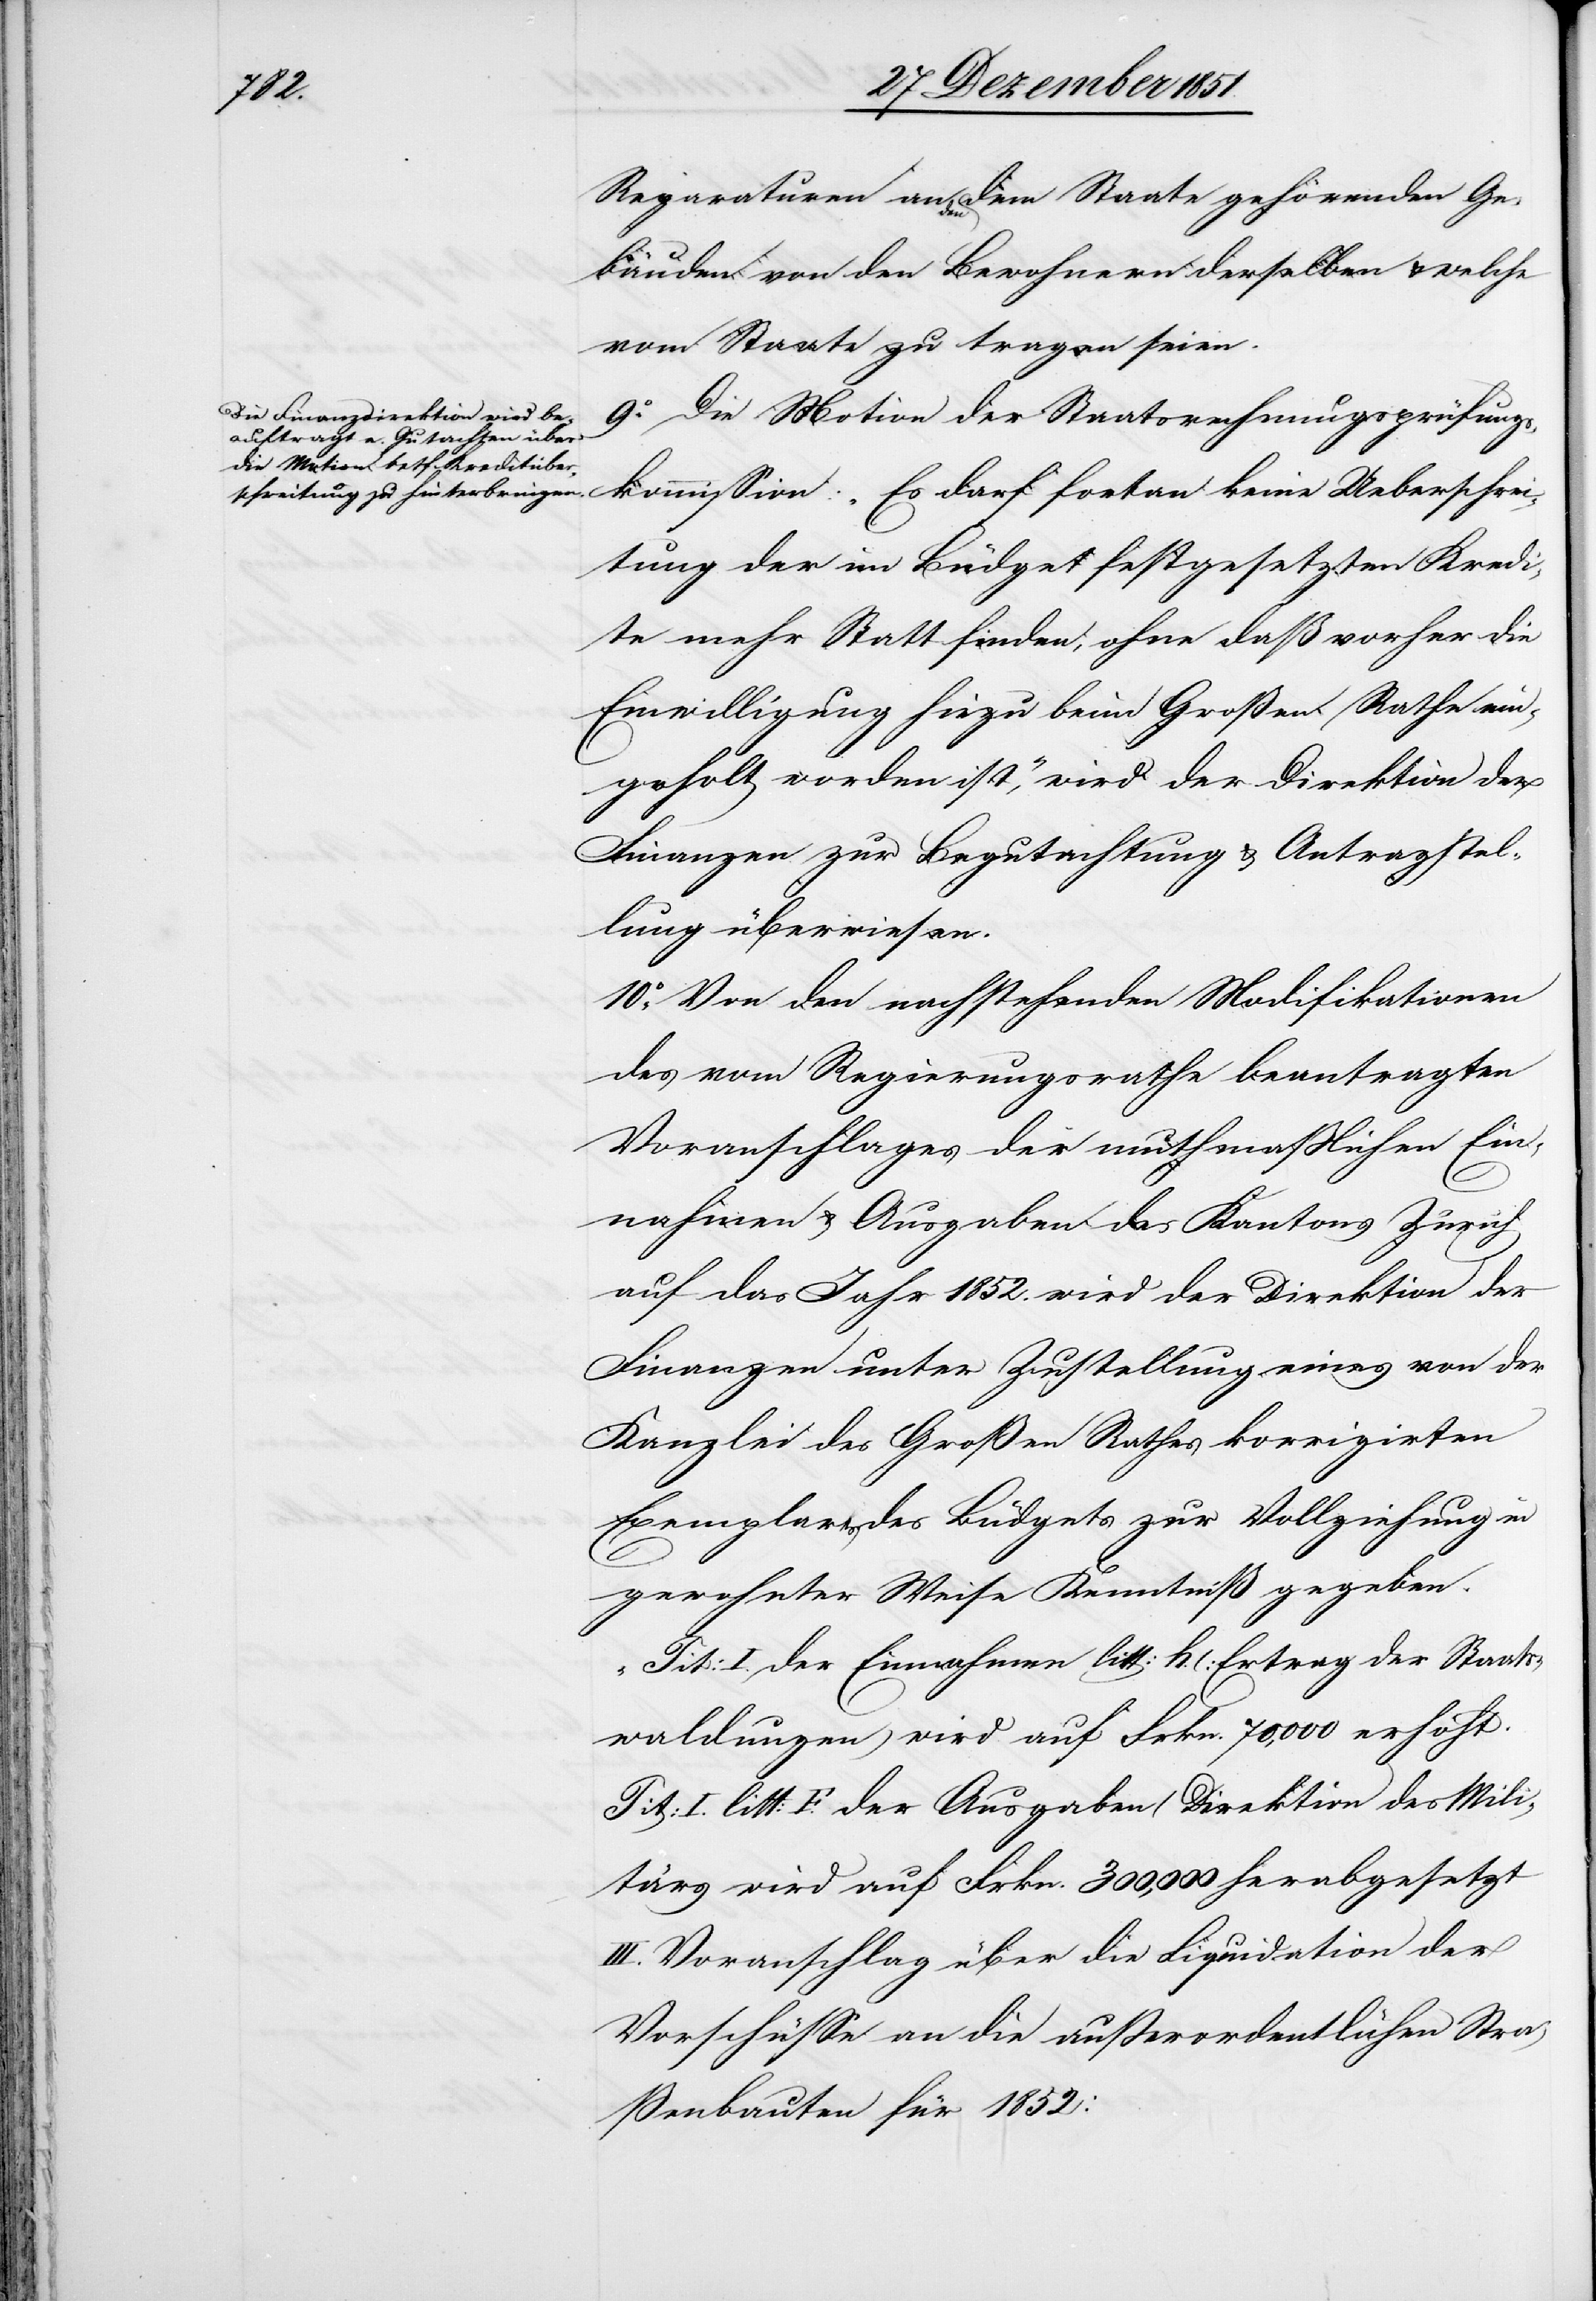
chrei¬
Reparaturen an den dem Staate gehörenden Ge¬
bäuden von den Bewohnern derselben & welche
vom Staate zu tragen seien.
9.o Die Motion der Staatsrechnungsprüfungs¬
tung der im Büdget festgesetzten Kredi¬
te mehr Statt finden, ohne daß vorher die
Einwilligung hiezu beim Großen Rathe ein¬
geholt worden ist,“ wird der Direktion der
Finanzen zur Begutachtung & Antragstel¬
lung überwiesen.
10.o Von den nachstehenden Modifikationen
des vom Regierungsrathe beantragten
Voranschlages der muthmaßlichen Ein¬
nahmen & Ausgaben des Kantons Zürich
auf das Jahr 1852. wird der Direktion der
Finanzen unter Zustellung eines von der
Kanzlei des Großen Rathes korrigirten
Exemplares des Büdgets zur Vollziehung in
gewohnter Weise Kenntniß gegeben.
„Tit: I. der Einnahmen litt: h. (Ertrag der Staats¬
waldungen) wird auf Frkn. 70,000 erhöht.
Tit: I. litt: F. der Ausgaben (Direktion des Mili¬
tärs[)] wird auf Frkn. 300,000 herabgesetzt
III. Voranschlag über die Liquidation der
Vorschüsse an die außerordentlichen Stra¬
ßenbauten für 1852: